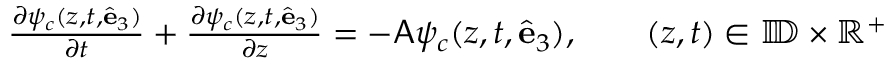
\begin{array} { r l } & { \frac { \partial \psi _ { c } ( z , t , \widehat { \mathbf { e } } _ { 3 } ) } { \partial t } + \frac { \partial \psi _ { c } ( z , t , \widehat { \mathbf { e } } _ { 3 } ) } { \partial z } = - \mathsf { A } \psi _ { c } ( z , t , \widehat { \mathbf { e } } _ { 3 } ) , ~ ~ ~ ~ ~ ~ ( z , t ) \in \mathbb { I \! D } \times \mathbb { R } ^ { + } } \end{array}